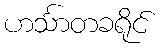
ဟင်္သာတခရိုင်